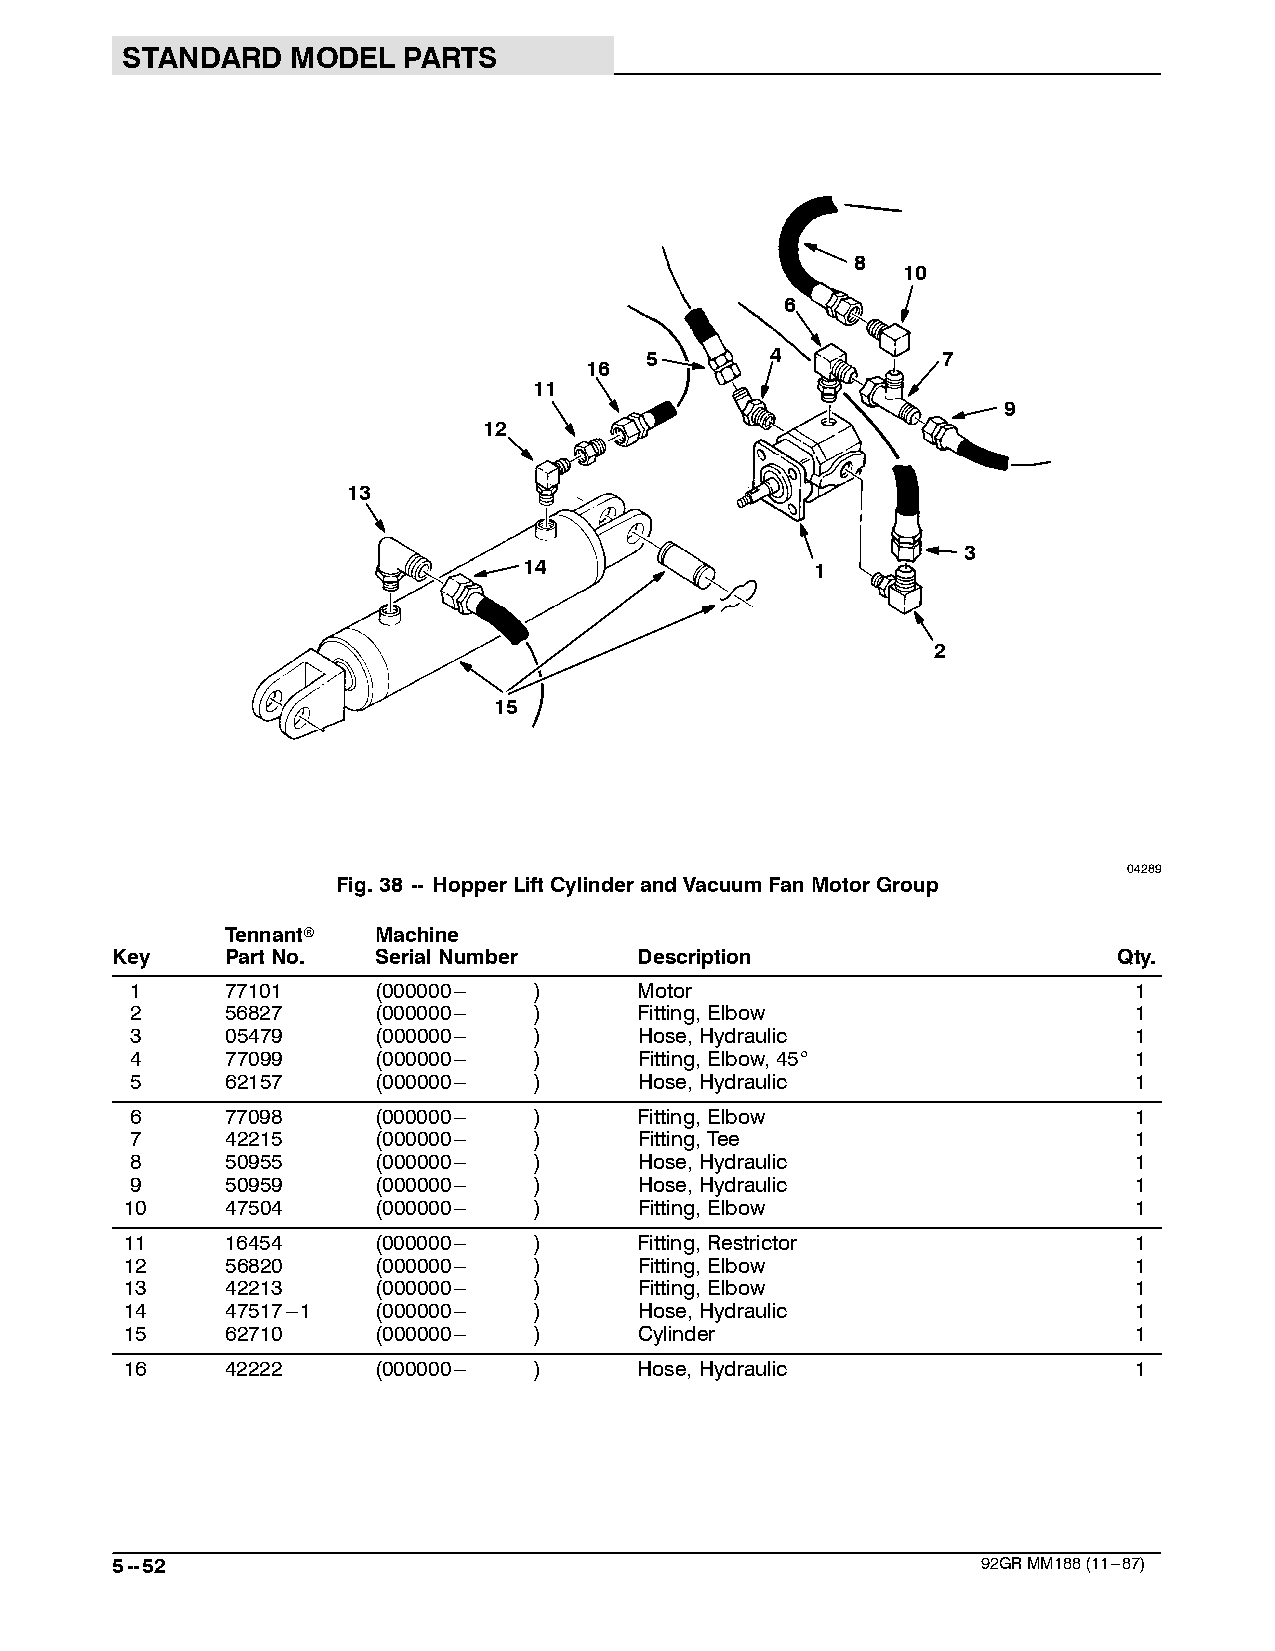
STANDARD   MODEL   PARTS
 8
 10
 6
 5       4          7
 16
 11
 9
 12
 13
 3
 14                 1
 2
 15
 04289
 Fig.38 -- HopperLiftCylinderandVacuumFanMotorGroup
 Tennantr  Machine
 Key     PartNo.   SerialNumber     Description                     Qty.
 1     77101     (000000--- )     Motor                            1
 2     56827     (000000--- )     Fitting,Elbow                    1
 3     05479     (000000--- )     Hose,Hydraulic                   1
 4     77099     (000000--- )     Fitting,Elbow,45_                1
 5     62157     (000000--- )     Hose,Hydraulic                   1
 6     77098     (000000--- )     Fitting,Elbow                    1
 7     42215     (000000--- )     Fitting,Tee                      1
 8     50955     (000000--- )     Hose,Hydraulic                   1
 9     50959     (000000--- )     Hose,Hydraulic                   1
 10     47504     (000000--- )     Fitting,Elbow                    1
 11     16454     (000000--- )     Fitting,Restrictor               1
 12     56820     (000000--- )     Fitting,Elbow                    1
 13     42213     (000000--- )     Fitting,Elbow                    1
 14     47517---1 (000000--- )     Hose,Hydraulic                   1
 15     62710     (000000--- )     Cylinder                         1
 16     42222     (000000--- )     Hose,Hydraulic                   1
 5--52                                                     92GRMM188(11---87)